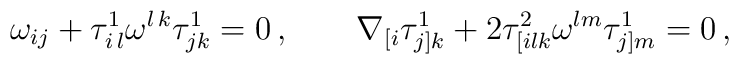
\omega_{ij}+\tau^1_{i\,l} \omega^{l\,k}\tau^1_{jk}=0\,,\qquad\nabla_{[i}\tau^1_{j]k}+2\tau^2_{[ilk}\omega^{lm}\tau^1_{j]m}=0\, ,